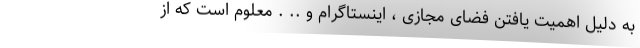
به دلیل اهمیت یافتن فضای مجازی ، اینستاگرام و .. . معلوم است که از